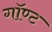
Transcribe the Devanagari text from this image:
गॉण्ट